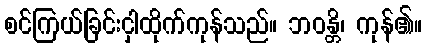
စင်ကြယ်ခြင်းငှါထိုက်ကုန်သည်။ ဘဝန္တိ၊ ကုန်၏။